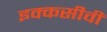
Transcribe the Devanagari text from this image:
इक्कसीवीं